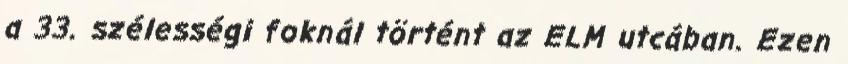
a 33. szélességi foknál történt az ELM utcában. Ezen